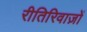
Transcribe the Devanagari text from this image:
रीतिरिवाज़ों